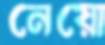
নেয়ো